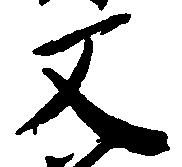
又